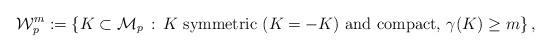
LaTeX: \begin{align*}\mathcal W^{m}_p:=\left\{K\subset\mathcal{M}_{p}\,:\, K \mbox{ symmetric $(K=-K)$ and compact},\, \gamma(K)\ge m\right\},\end{align*}